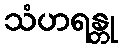
သံဟရန္တု